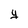
Character: y